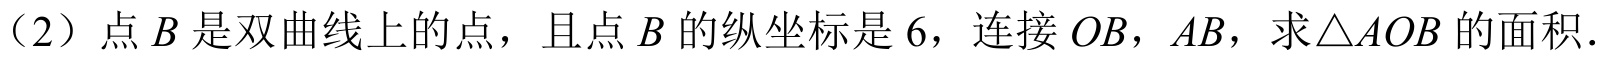
（2）点 \(B\) 是双曲线上的点，且点 \(B\) 的纵坐标是 \(6\)，连接 \(OB\)，\(AB\)，求\(\triangle AOB\) 的面积.